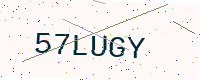
Text: 57LUGY